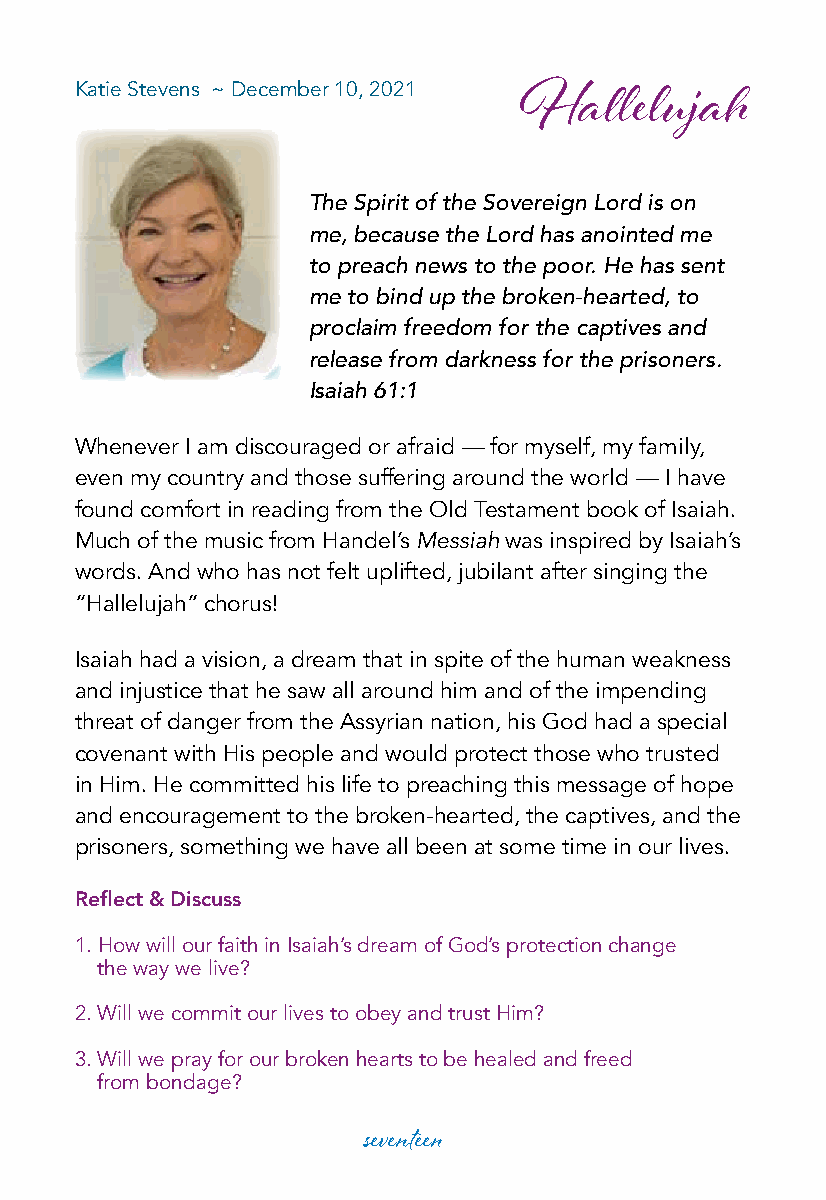
Katie Stevens ~ December 10, 2021
 Hallelujah
 The Spirit of the Sovereign Lord is on
 me, because the Lord has anointed me
 to preach news to the poor. He has sent
 me to bind up the broken-hearted, to
 proclaim freedom for the captives and
 release from darkness for the prisoners.
 Isaiah 61:1
 Whenever I am discouraged or afraid — for myself, my family,
 even my country and those suffering around the world — I have
 found comfort in reading from the Old Testament book of Isaiah.
 Much of the music from Handel’s Messiah was inspired by Isaiah’s
 words. And who has not felt uplifted, jubilant after singing the
 “Hallelujah” chorus!
 Isaiah had a vision, a dream that in spite of the human weakness
 and injustice that he saw all around him and of the impending
 threat of danger from the Assyrian nation, his God had a special
 covenant with His people and would protect those who trusted
 in Him. He committed his life to preaching this message of hope
 and encouragement to the broken-hearted, the captives, and the
 prisoners, something we have all been at some time in our lives.
 Reflect & Discuss
 1. How will our faith in Isaiah’s dream of God’s protection change
 the way we live?
 2. Will we commit our lives to obey and trust Him?
 3. Will we pray for our broken hearts to be healed and freed
 from bondage?
 seventeen